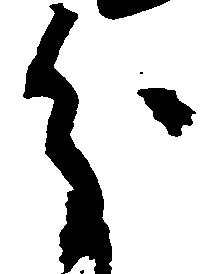
分